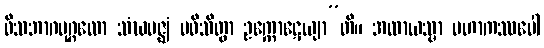
ဝိသဘာဂပုဂ္ဂလော သံဃမဇ္ဈံ ပဝိသိတွာ ဥက္ကောဋေယျာ”တိ။ အထာယသ္မာ မဟာကဿပေါ